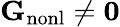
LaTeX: {\mathbf G}_{\mathrm{nonl}}\neq{\mathbf 0}